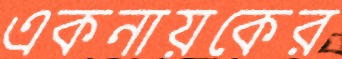
একনায়কের